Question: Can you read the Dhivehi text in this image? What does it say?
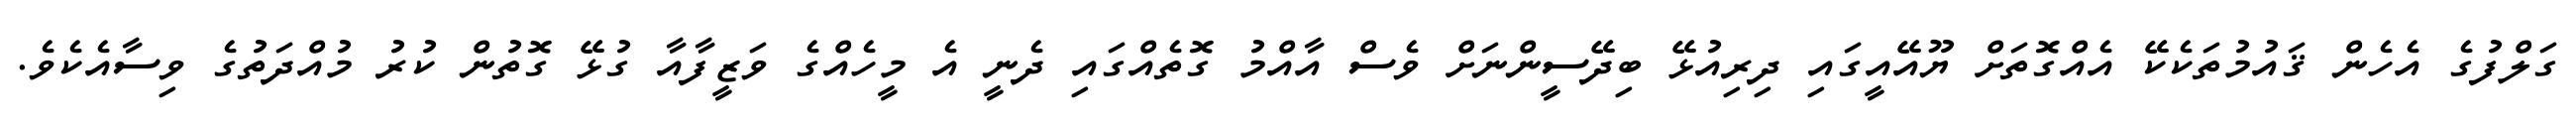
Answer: ގަލްފުގެ އެހެން ޤައުމުތަކެކޭ އެއްގޮތަށް ޔޫއޭއީގައި ދިރިއުޅޭ ބިދޭސީންނަށް ވެސް އާއްމު ގޮތެއްގައި ދެނީ އެ މީހެއްގެ ވަޒީފާއާ ގުޅޭ ގޮތުން ކުރު މުއްދަތުގެ ވިސާއެކެވެ.